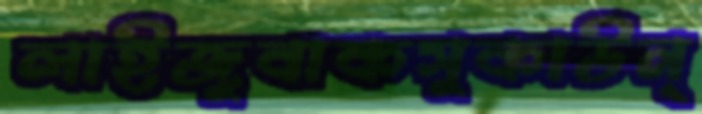
লাইজুবাকসুকাউন্